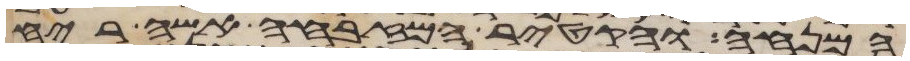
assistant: המנחה והקטיר המזבחה אשה ריח